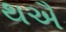
થઐ